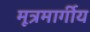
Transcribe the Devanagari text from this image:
मूत्रमार्गीय